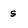
Character: s